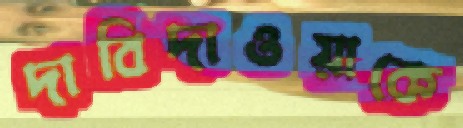
দাবিদাওয়াকে